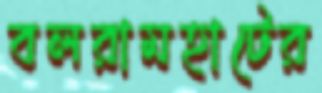
বলরামহাটের